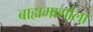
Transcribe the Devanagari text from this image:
बाह्यमार्गाला